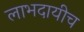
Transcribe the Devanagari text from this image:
लाभदायीच